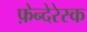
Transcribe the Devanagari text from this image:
फ़ेन्देरेस्क